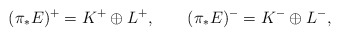
\begin{align*}(\pi_*E)^+=K^+\oplus L^+,\qquad(\pi_*E)^-=K^-\oplus L^-,\end{align*}